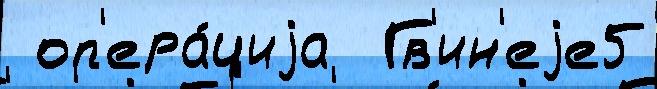
 оп'ера́циjа  Гв'ин'еjе5